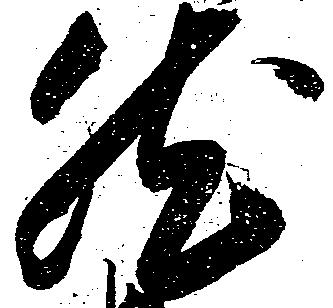
然